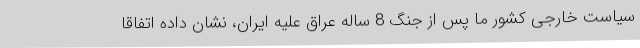
سیاست خارجی کشور ما پس از جنگ 8 ساله عراق علیه ایران، نشان داده اتفاقا